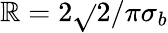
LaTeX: \mathbb{R}=2\sqrt{}{{2/\pi}}\sigma_{b}